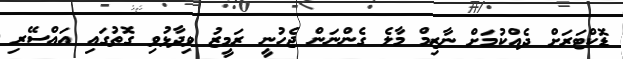
ޑޮކްޓަރަށް ދެއްކުމަށް ނާޒިމް މާލެ ގެންނަން ޖެހުނީ ރަމީޒު ވިދާޅުވި ގޮތުގައި އައްސޭރި